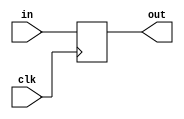
`timescale 1ns / 1ps
//////////////////////////////////////////////////////////////////////////////////
// Company: 
// Engineer: 
// 
// Design Name: 
// Module Name:    Data_holder 
// Project Name: 
// Target Devices: 
// Tool versions: 
// Description: 
//
// Dependencies: 
//
// Revision: 
// Revision 0.01 - File Created
// Additional Comments: 
//
//////////////////////////////////////////////////////////////////////////////////
module Data_holder(
    input [31:0] in,
    input clk,
    (* KEEP = "TRUE" *)output reg [31:0] out
    );
	
	always@(negedge clk) begin
		out <= in;
	end
	
endmodule